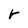
Character: r